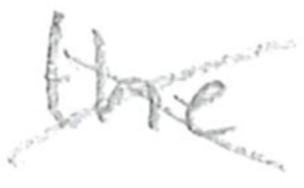
Text: the
Cross-out: cross
Writing tool: pencil